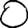
Digit: 0